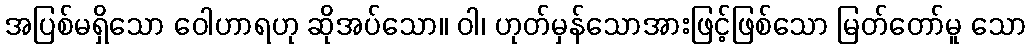
အပြစ်မရှိသော ဝေါဟာရဟု ဆိုအပ်သော။ ဝါ၊ ဟုတ်မှန်သောအားဖြင့်ဖြစ်သော မြတ်တော်မူ သော